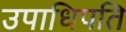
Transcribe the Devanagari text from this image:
उपाधिपति